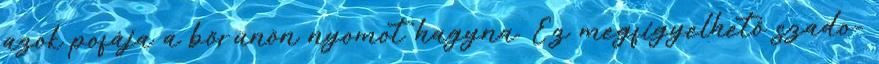
azok pofája a bőrünön nyomot hagyna. Ez megfigyelhető szado-